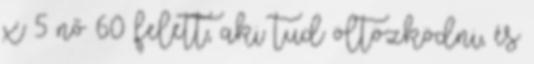
x 5 nő 60 felett, aki tud öltözködni, és